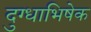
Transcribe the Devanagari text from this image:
दुग्‍धाभिषेक